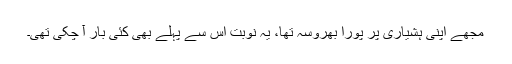
مجھے اپنی ہشیاری پر پورا بھروسہ تھا، یہ نوبت اس سے پہلے بھی کئی بار آ چکی تھی۔